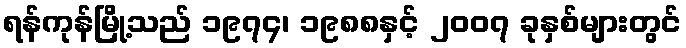
ရန်ကုန်မြို့သည် ၁၉၇၄၊ ၁၉၈၈နှင့် ၂၀၀၇ ခုနှစ်များတွင်